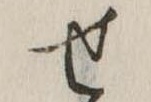
せ